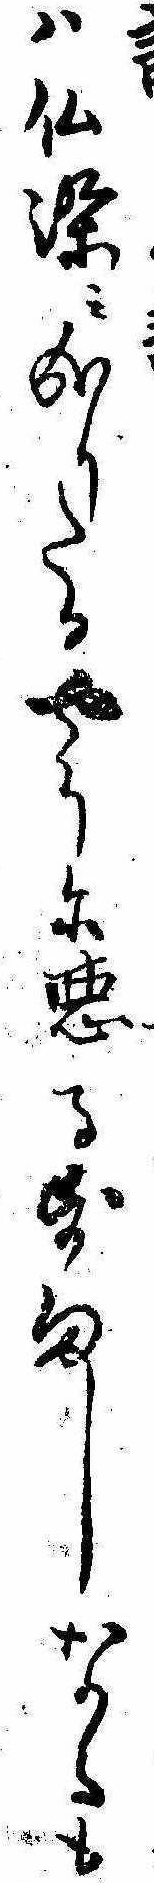
は仏染み成りたるやうに悪るすましなるも